Language: tamil
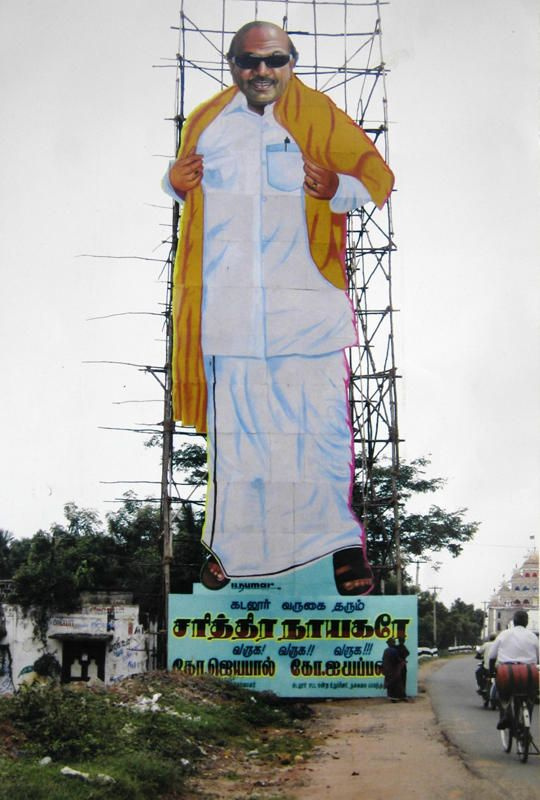
Transcription: சரித்திர தரும் நாயகரே வருக வருக வருக ஜெயபால் ஜயப்ப கோ கடலூா் வருகை